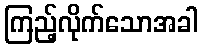
ကြည့်လိုက်သောအခါ